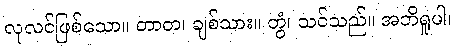
လုလင်ဖြစ်သော။ တာတ၊ ချစ်သား။ တွံ၊ သင်သည်။ အဘိရူပါ၊